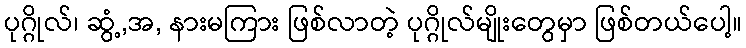
ပုဂ္ဂိုလ်၊ ဆွံ့,အ, နားမကြား ဖြစ်လာတဲ့ ပုဂ္ဂိုလ်မျိုးတွေမှာ ဖြစ်တယ်ပေါ့။